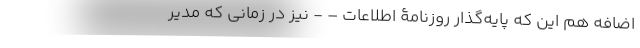
اضافه هم این که پایه‌گذار روزنامۀ اطلاعات – - نیز در زمانی که مدیر